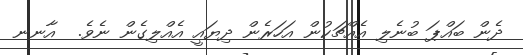
ދެން ބައްޕަ ބުނެލި އެއްޗަކުން އަހަރެން ދިޔައީ އެއްލިގެން ނެވެ.  އާނނ